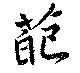
葩